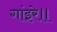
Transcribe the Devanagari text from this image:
गांइरे॥